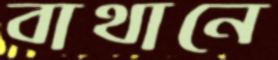
বাথানে